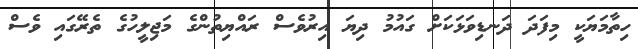
ހިތާމަޔަކީ މިފަދަ ދަނޑިވަޅަކަށް ގައުމު ދިޔަ އިރުވެސް ރައްޔިތުންގެ މަޖިލީހުގެ ތެރޭގައި ވެސް